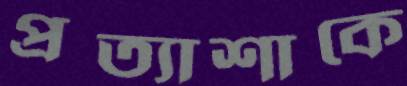
প্রত্যাশাকে